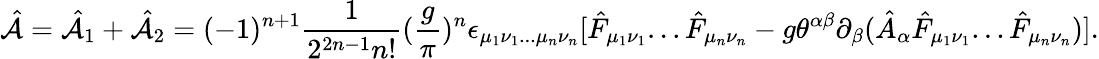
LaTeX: \hat{\cal A}=\hat{\cal A}_{1}+\hat{\cal A}_{2}=(-1)^{n+1}{\frac{1}{2^{2n-1}n!}}({\frac{g}{\pi}})^{n}\epsilon_{\mu_{1}\nu_{1}...\mu_{n}\nu_{n}}[\hat{F}_{\mu_{1}\nu_{1}}...\hat{F}_{\mu_{n}\nu_{n}}-g\theta^{\alpha\beta}\partial_{\beta}(\hat{A}_{\alpha}\hat{F}_{\mu_{1}\nu_{1}}...\hat{F}_{\mu_{n}\nu_{n}})].